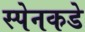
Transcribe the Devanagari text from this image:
स्पेनकडे